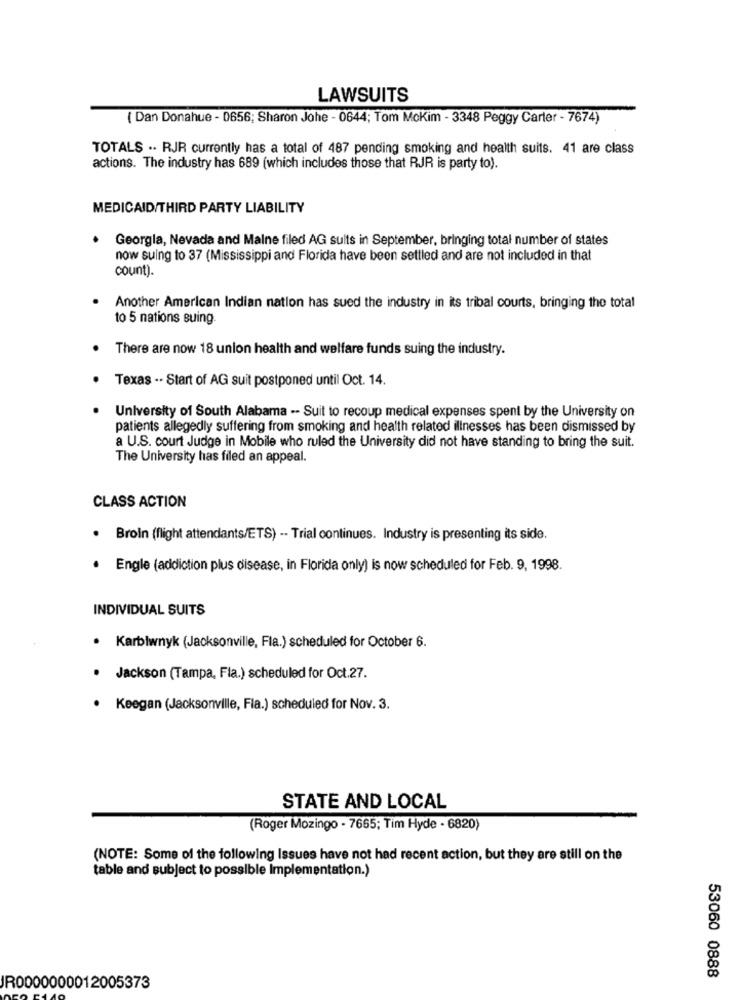
LAWSUITS
( Dan Donahue - 0656; Sharon Johe - 0644; Tom Mokim - 3348 Peggy Carter - 7674)
TOTALS .. RJR currently has a total of 487 pending smoking and health suits. 41 are class
actions. The industry has 689 (which includes those that RJR is party to).
MEDICAID/THIRD PARTY LIABILITY
Georgla, Nevada and Malne filed AG suits in September, bringing total number of states
.
now suing to 37 (Mississippi and Florida have been settled and are not included in that
count).
Another American Indian nation has sued the industry in its tribal courts, bringing the total
to 5 nations suing.
There are now 18 union health and welfare funds suing the industry.
Texas ·· Start of AG suit postponed until Oct. 14.
University of South Alabama -- Suit to recoup medical expenses spent by the University on
patients allegedly suffering from smoking and health related illnesses has been dismissed by
a U.S. court Judge in Mobile who ruled the University did not have standing to bring the suit.
The University has filed an appeal.
CLASS ACTION
.
Broin (flight attendants/ETS) -- Trial continues. Industry is presenting its side.
· Engle (addiction plus disease, in Florida only) is now scheduled for Feb. 9, 1998.
INDIVIDUAL SUITS
Karblwnyk (Jacksonville, Fla.) scheduled for October 6.
· Jackson (Tampa, Fla.) scheduled for Oct.27.
. Keegan (Jacksonville, Fla.) scheduled for Nov. 3.
STATE AND LOCAL
(Roger Mozingo - 7665; Tim Hyde · 6820)
(NOTE: Some of the following Issues have not had recent action, but they are still on the
table and subject to possible Implementation.)
53060 0888
JR0000000012005373